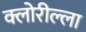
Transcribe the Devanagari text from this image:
क्लोरील्ला